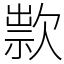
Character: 㱁